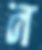
ন